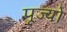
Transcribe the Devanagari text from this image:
पूज्‍यो